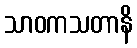
သာဝကသတာနိ